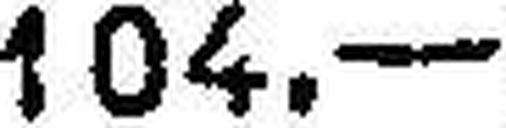
104.—